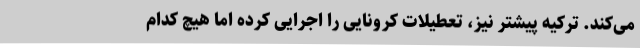
می‌کند. ترکیه پیشتر نیز، تعطیلات کرونایی را اجرایی کرده اما هیچ کدام